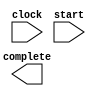
module find_iso (
input clock,
input wire start,
output wire complete
);
reg start_1, start_2;
reg			[5:0]	state;
parameter	[5:0]	ST_RST		= 6'h00,
					ST_IDLE		= 6'h01;
always @(posedge clock) begin
	{start_2, start_1} <= {start_1, start};
	case(state)
	ST_RST: begin
		state <= ST_IDLE;
	end
	ST_IDLE: begin
			if( start_2 ) begin
				state <= 3;
			end
	end
	3: begin
		state <= 4;
	end
	4: begin
		state <= 5;
	end
	5: begin
		state <= 6;
	end
	6: begin
		state <= ST_IDLE;
	end
	endcase
end
endmodule